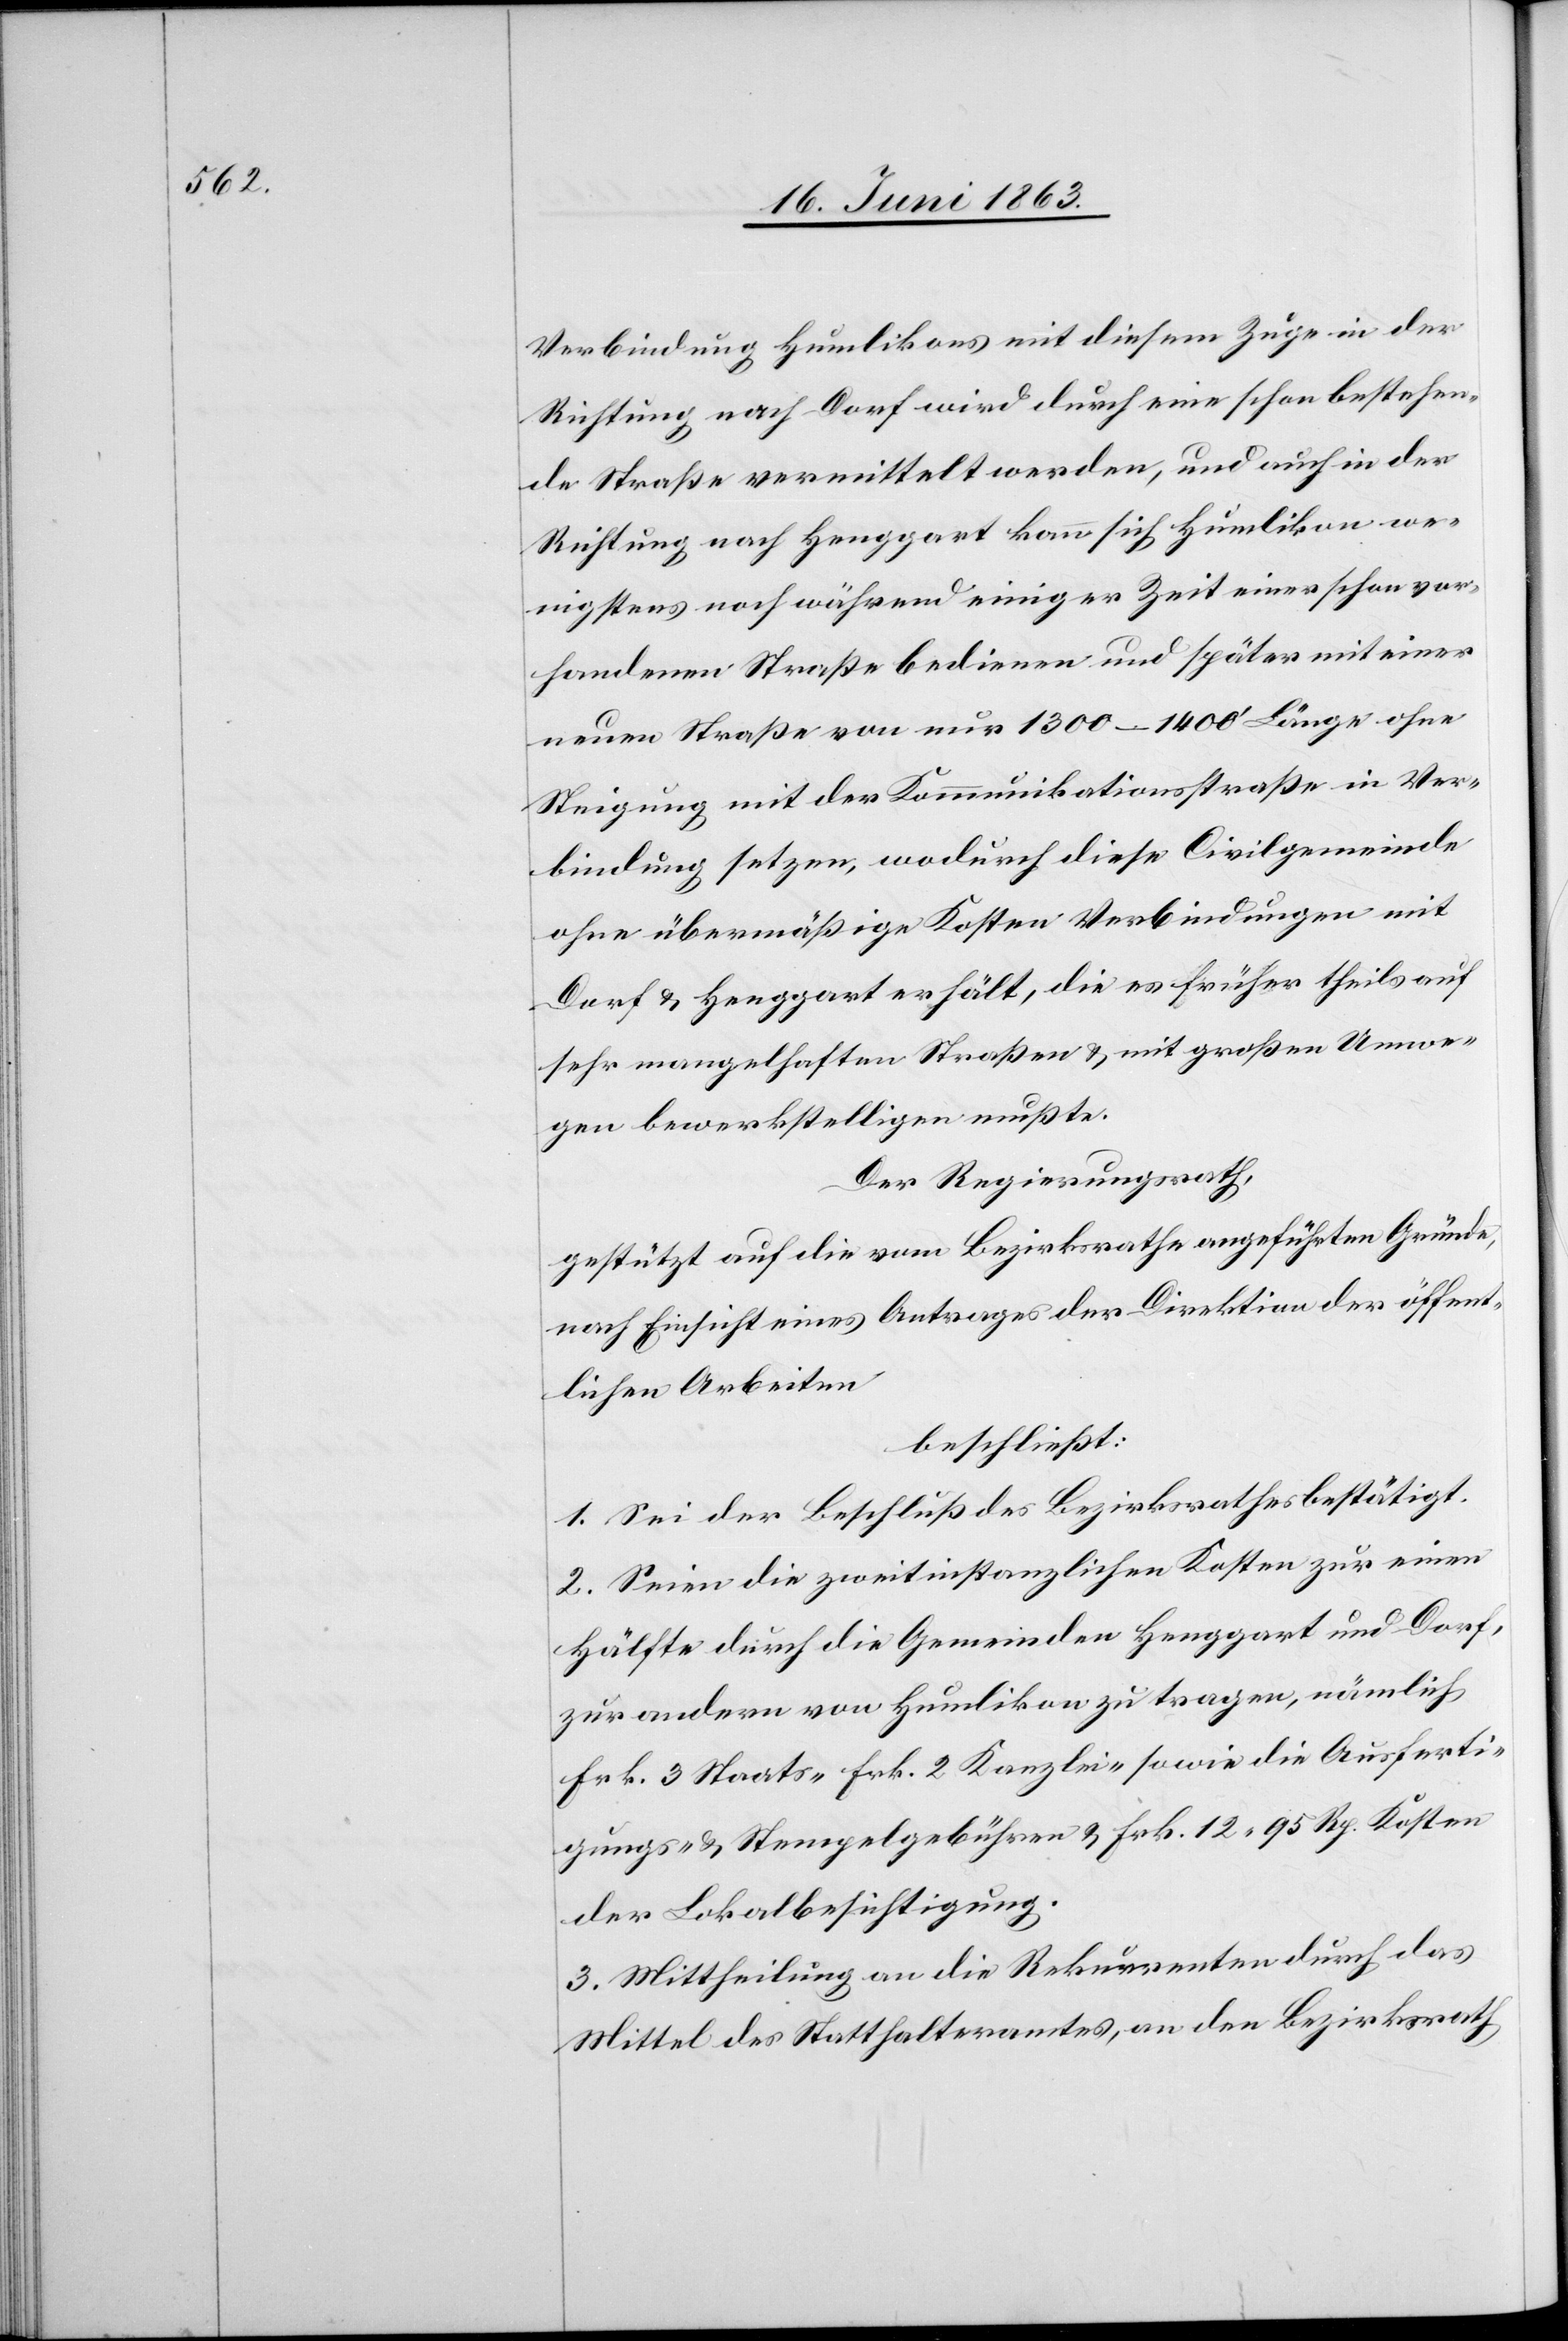
Verbindung Humlikons mit diesem Zuge in der
Richtung nach Dorf wird durch eine schon bestehen¬
de Straße vermittelt werden, und auch in der
Richtung nach Henggart kann sich Humlikon we¬
nigstens noch während einiger Zeit einer schon vor¬
handenen Straße bedienen und später mit einer
neuen Straße von nur 1300–1400' Länge ohne
Steigung mit der Kommunikationsstraße in Ver¬
bindung setzen, wodurch diese Civilgemeinde
ohne übermäßige Kosten Verbindungen mit
Dorf & Henggart erhält, die es früher theils auf
sehr mangelhaften Straßen & mit großen Umwe¬
gen bewerkstelligen mußte.
Der Regierungsrath,
gestützt auf die vom Bezirksrathe angeführten Gründe,
nach Einsicht eines Antrages der Direktion der öffent¬
lichen Arbeiten
beschließt:
1. Sei der Beschluß des Bezirksrathes bestätigt.
2. Seien die zweitinstanzlichen Kosten zur einen
Hälfte durch die Gemeinden Henggart und Dorf,
zur andern von Humlikon zu tragen, nämlich
Frk. 3 Staats-[,] Frk. 2 Kanzlei- sowie die Ausferti¬
gungs- & Stempelgebühren & Frk. 12. 95 Rp. Kosten
der Lokalbesichtigung.
3. Mittheilung an die Rekurrenten durch das
Mittel des Statthalteramtes, an den Bezirksrath